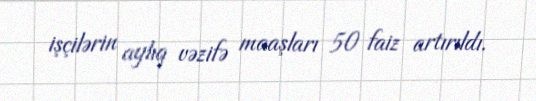
işçilərin aylıq vəzifə maaşları 50 faiz artırıldı.